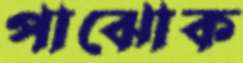
পাঝোক